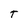
Character: T